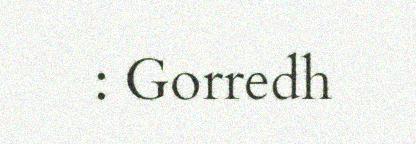
: Gorredh